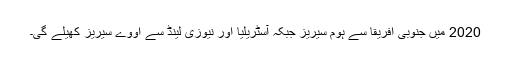
2020 میں جنوبی افریقا سے ہوم سیریز جبکہ آسٹریلیا اور نیوزی لینڈ سے اووے سیریز کھیلے گی۔